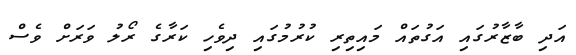
އަދި ބާޒާރުގައި އަގުތައް މައިތިރި ކުރުމުގައި ދިވެހި ކަރާގެ ރޯލު ވަރަށް ވެސް